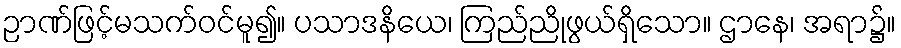
ဉာဏ်ဖြင့်မသက်ဝင်မူ၍။ ပသာဒနိယေ၊ ကြည်ညိုဖွယ်ရှိသော။ ဌာနေ၊ အရာ၌။